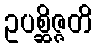
ဥပစ္ဆိဇ္ဇတိ